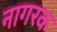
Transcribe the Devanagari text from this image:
नागरक